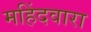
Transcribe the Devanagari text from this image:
महिंदवारा